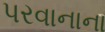
પરવાનાના